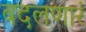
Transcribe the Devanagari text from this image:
बदलणारं